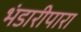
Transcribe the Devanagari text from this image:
भंडारीपारा